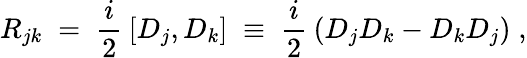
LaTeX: R_{jk}\; =\; \frac{i}{2}\: [D_{j},D_{k}]\; \equiv\; \frac{i}{2}\: (D_{j}D_{k}-D_{k}D_{j})\; ,